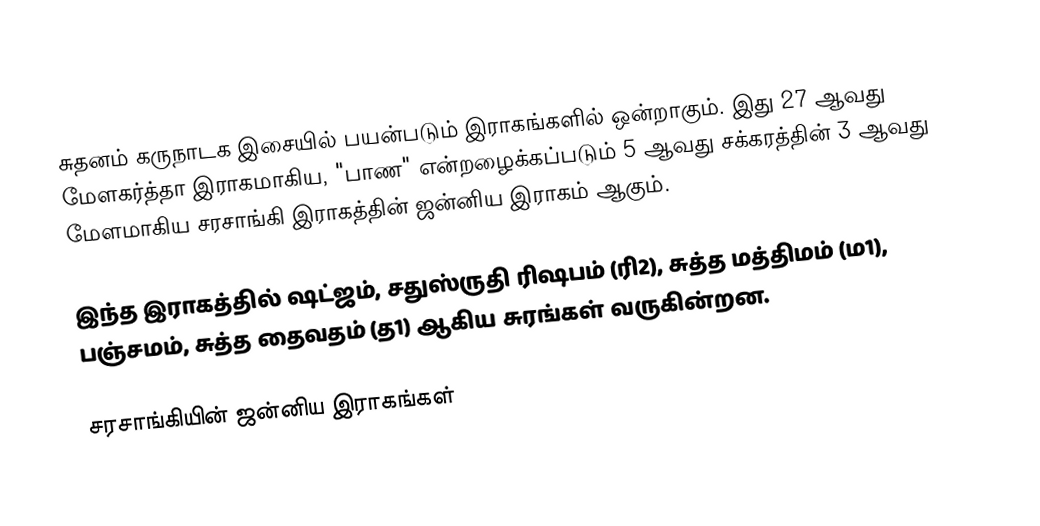
சுதனம் கருநாடக இசையில் பயன்படும் இராகங்களில் ஒன்றாகும். இது 27 ஆவது மேளகர்த்தா இராகமாகிய, "பாண" என்றழைக்கப்படும் 5 ஆவது சக்கரத்தின் 3 ஆவது மேளமாகிய சரசாங்கி இராகத்தின் ஜன்னிய இராகம் ஆகும்.

இந்த இராகத்தில் ஷட்ஜம், சதுஸ்ருதி ரிஷபம் (ரி2),  சுத்த மத்திமம் (ம1), பஞ்சமம், சுத்த தைவதம் (த1) ஆகிய சுரங்கள் வருகின்றன.

சரசாங்கியின் ஜன்னிய இராகங்கள்